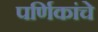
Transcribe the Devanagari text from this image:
पर्णिकांचे